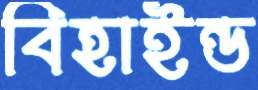
বিহাইন্ড